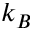
k _ { B }